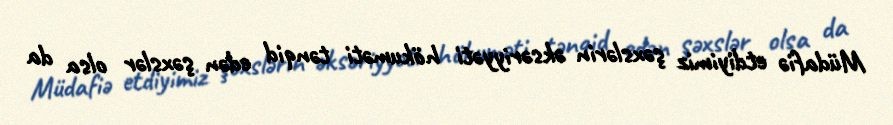
Müdafiə etdiyimiz şəxslərin əksəriyyəti hökuməti tənqid edən şəxslər olsa da